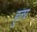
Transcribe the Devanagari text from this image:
हुला